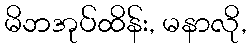
မိဘအုပ်ထိန်း, မနာလို,